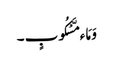
وَ مَاء مَّسْکُوبٍ ۔